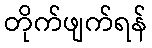
တိုက်ဖျက်ရန်